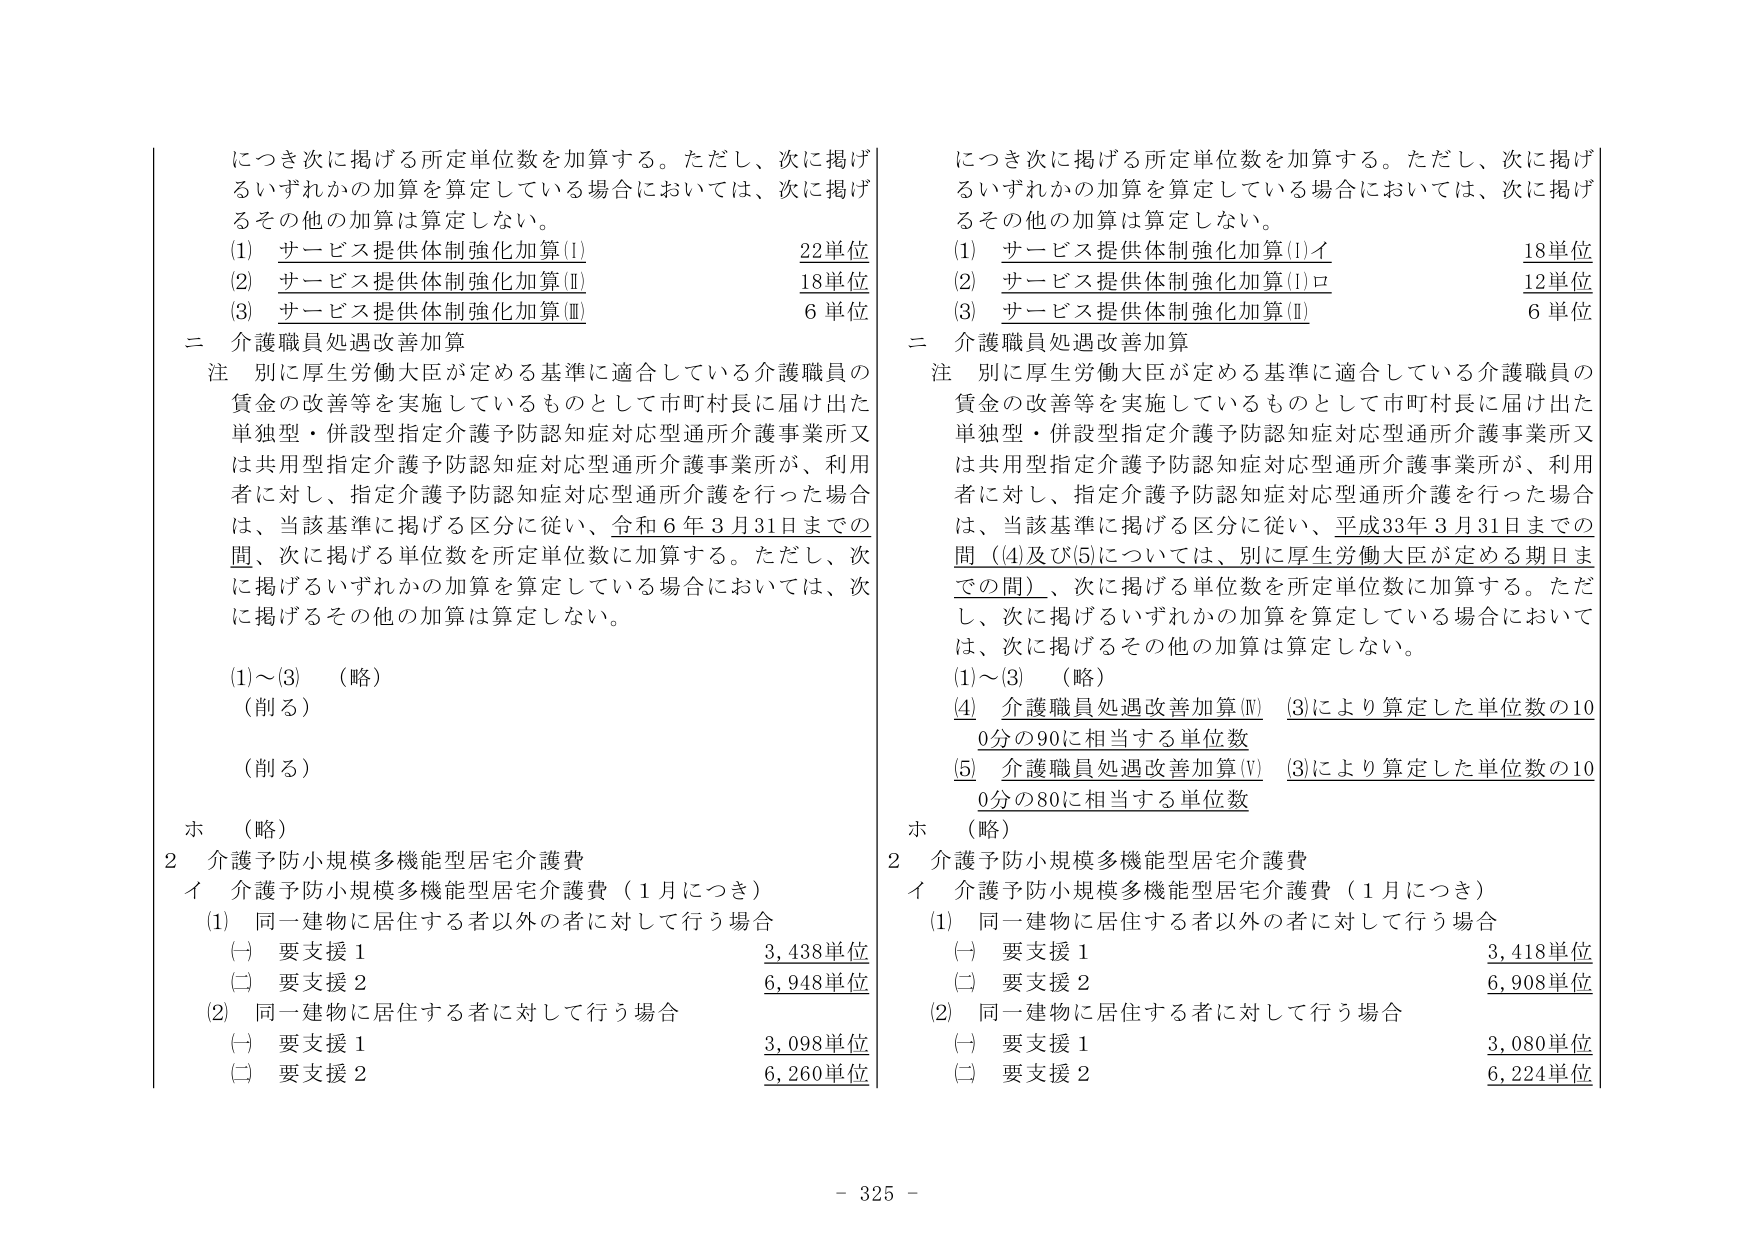
につき次に掲げる所定単位数を加算する。ただし、次に掲げるいずれかの加算を算定している場合においては、次に掲げるその他の加算は算定しない。
(1) サービス提供体制強化加算(I) 22単位
(2) サービス提供体制強化加算(II) 18単位
(3) サービス提供体制強化加算(III) 6単位
二 介護職員処遇改善加算
注 別に厚生労働大臣が定める基準に適合している介護職員の賃金の改善等を実施しているものとして市町村長に届け出た単独型・併設型指定介護予防認知症対応型通所介護事業所又は共用型指定介護予防認知症対応型通所介護事業所が、利用者に対し、指定介護予防認知症対応型通所介護を行った場合は、当該基準に掲げる区分に従い、令和6年3月31日までの間、次に掲げる単位数を所定単位数に加算する。ただし、次に掲げるいずれかの加算を算定している場合においては、次に掲げるその他の加算は算定しない。
(1)～(3) （略）
（削る）
（削る）
ホ （略）
2 介護予防小規模多機能型居宅介護費
イ 介護予防小規模多機能型居宅介護費（1月につき）
(1) 同一建物に居住する者以外の者に対して行う場合
(一) 要支援1 3,438単位
(二) 要支援2 6,948単位
(2) 同一建物に居住する者に対して行う場合
(一) 要支援1 3,098単位
(二) 要支援2 6,260単位

につき次に掲げる所定単位数を加算する。ただし、次に掲げるいずれかの加算を算定している場合においては、次に掲げるその他の加算は算定しない。
(1) サービス提供体制強化加算(I)イ 18単位
(2) サービス提供体制強化加算(I)ロ 12単位
(3) サービス提供体制強化加算(II) 6単位
二 介護職員処遇改善加算
注 別に厚生労働大臣が定める基準に適合している介護職員の賃金の改善等を実施しているものとして市町村長に届け出た単独型・併設型指定介護予防認知症対応型通所介護事業所又は共用型指定介護予防認知症対応型通所介護事業所が、利用者に対し、指定介護予防認知症対応型通所介護を行った場合は、当該基準に掲げる区分に従い、平成33年3月31日までの間（(4)及び(5)については、別に厚生労働大臣が定める期日までの間）、次に掲げる単位数を所定単位数に加算する。ただし、次に掲げるいずれかの加算を算定している場合においては、次に掲げるその他の加算は算定しない。
(1)～(3) （略）
(4) 介護職員処遇改善加算(Ⅳ) (3)により算定した単位数の100分の90に相当する単位数
(5) 介護職員処遇改善加算(Ⅴ) (3)により算定した単位数の100分の80に相当する単位数
ホ （略）
2 介護予防小規模多機能型居宅介護費
イ 介護予防小規模多機能型居宅介護費（1月につき）
(1) 同一建物に居住する者以外の者に対して行う場合
(一) 要支援1 3,418単位
(二) 要支援2 6,908単位
(2) 同一建物に居住する者に対して行う場合
(一) 要支援1 3,080単位
(二) 要支援2 6,224単位

- 325 -